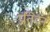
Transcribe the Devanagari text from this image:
प्रतिदन